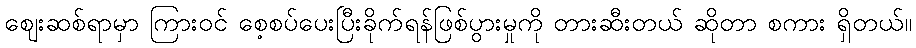
ဈေးဆစ်ရာမှာ ကြားဝင် စေ့စပ်ပေးပြီးခိုက်ရန်ဖြစ်ပွားမှုကို တားဆီးတယ် ဆိုတာ စကား ရှိတယ်။